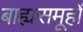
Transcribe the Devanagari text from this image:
बाह्यसमूहों